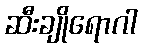
ဆီးချိုရောဂါ